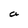
Character: a